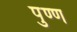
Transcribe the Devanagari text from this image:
पुण्ण